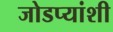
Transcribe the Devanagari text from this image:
जोडप्यांशी